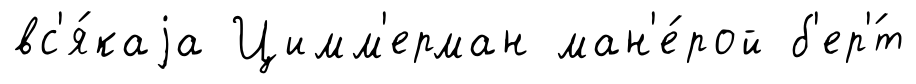
вс'я́каjа Цимм'ерман ман'е́рой б'ер'́т